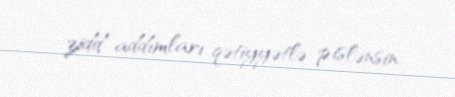
zidd addımları qətiyyətlə pislənsin.